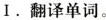
1.翻译单词。